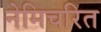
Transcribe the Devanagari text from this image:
नेमिचरित